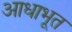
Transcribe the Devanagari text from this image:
आधाभूत